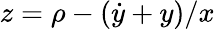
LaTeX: z=\rho-(\dot{y}+y)/x